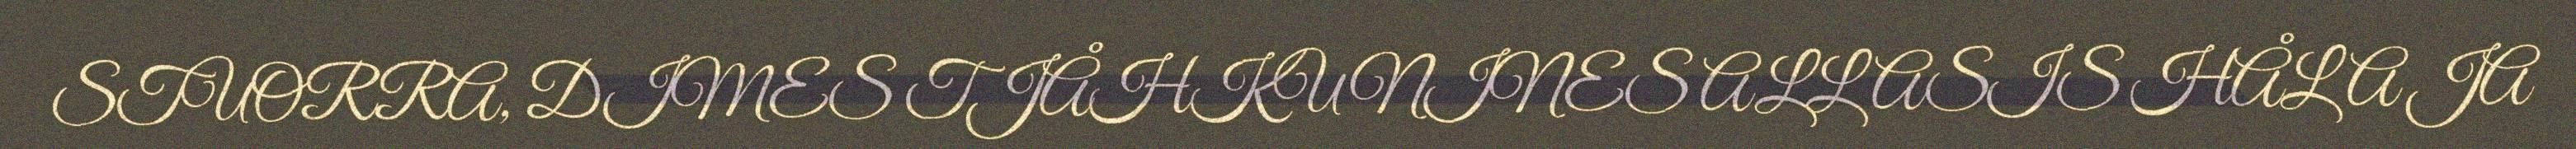
STUORRA, DIMES TJÅHKUNINES ALLASIS HÅLA JA